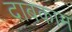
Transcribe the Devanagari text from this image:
दाबकाम